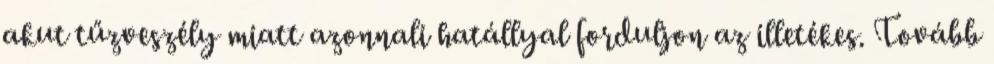
akut tűzveszély miatt azonnali hatállyal forduljon az illetékes. Tovább